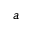
^ a